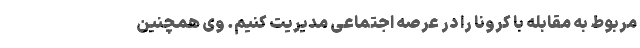
مربوط به مقابله با کرونا را در عرصه اجتماعی مدیریت کنیم. وی همچنین